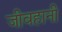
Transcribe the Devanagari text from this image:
जीवहानी